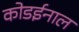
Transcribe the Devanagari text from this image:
कोडईनाल